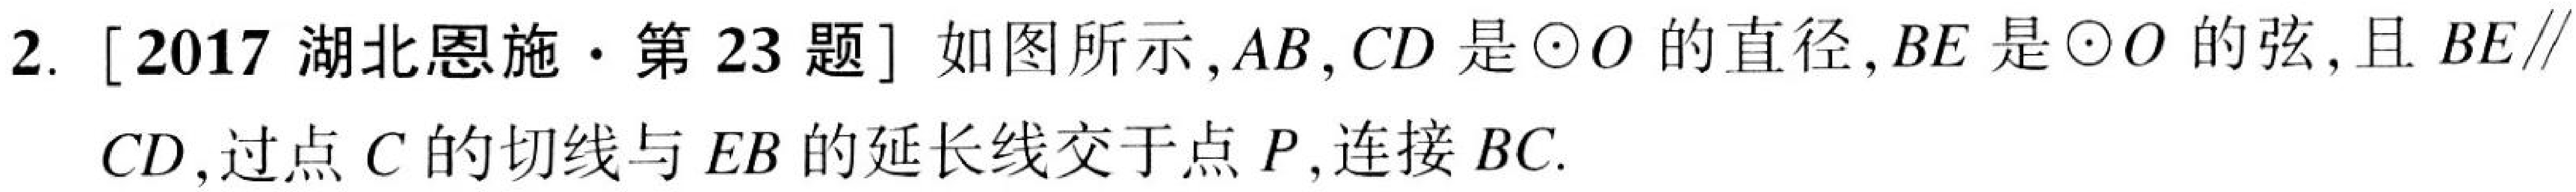
2. [2017 湖北恩施·第23题] 如图所示,$AB,CD$是$\odot O$的直径,$BE$是$\odot O$的弦,且$BE\parallel CD$,过点$C$的切线与$EB$的延长线交于点$P$,连接$BC$.